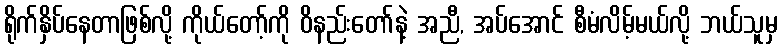
ရိုက်နှိပ်နေတာဖြစ်လို့ ကိုယ်တော့်ကို ဝိနည်းတော်နဲ့ အညီ, အပ်အောင် စီမံလိမ့်မယ်လို့ ဘယ်သူမှ